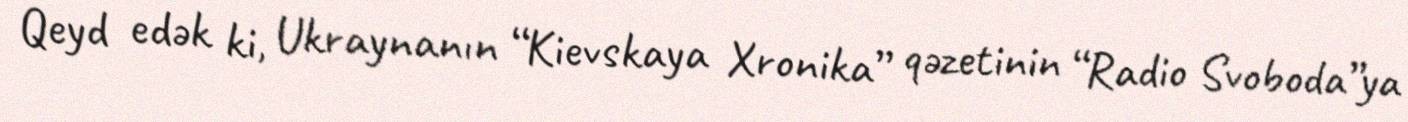
Qeyd edək ki, Ukraynanın “Kievskaya Xronika” qəzetinin “Radio Svoboda”ya